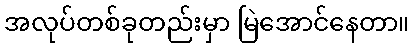
အလုပ်တစ်ခုတည်းမှာ မြဲအောင်နေတာ။